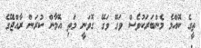
ތީގެ ކޮއްމެ މެންބަރަކުވެސް ވަގޭ ވަގޭ ގޮވަނީ މަތި އޮމާން ކުރަން ރާއްޖޭގެ